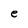
Character: e